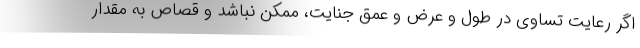
اگر رعایت تساوی در طول و عرض و عمق جنایت، ممکن نباشد و قصاص به مقدار